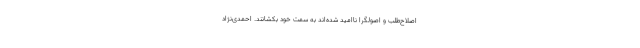
اصلاح‌طلب و اصولگرا ناامید شده‌اند به سمت خود بکشانند. احمدی‌نژاد